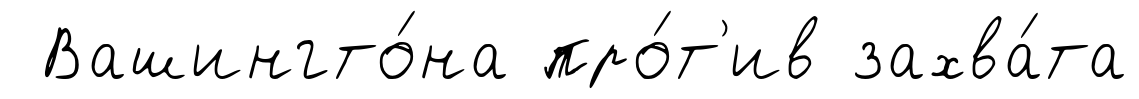
Вашингто́на про́т'ив захва́та